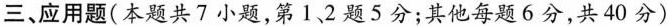
三、应用题(本题共7小题，第1、2题5分；其他每题6分，共40分)